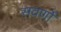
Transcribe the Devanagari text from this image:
सवर्णो